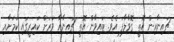
ޗައިނާއިން އޮތީ ގޮވާލާފަ އެވެ. ޓައިވާން އޮތީ ޗައިނާއާ ވަރަށް ކައިރީގައި ކަމަށާއި